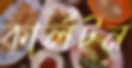
কার্লটন